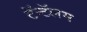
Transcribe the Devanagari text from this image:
टॅन्टॅलम